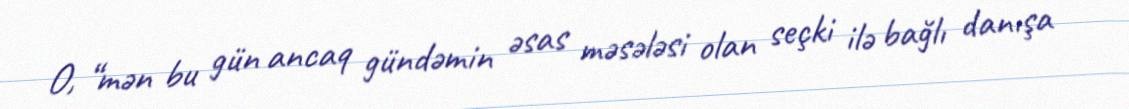
O, “mən bu gün ancaq gündəmin əsas məsələsi olan seçki ilə bağlı danışa